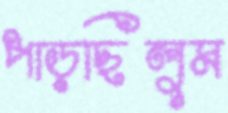
পাড়ছিলুম